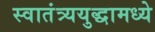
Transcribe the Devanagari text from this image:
स्वातंत्र्ययुद्धामध्ये